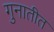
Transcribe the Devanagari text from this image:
गुनातीत